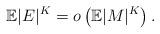
LaTeX: \begin{align*}\mathbb E |E|^{K} = o\left( \mathbb E |M|^{K} \right).\end{align*}